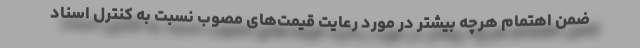
ضمن اهتمام هرچه بیشتر در مورد رعایت قیمت‌های مصوب نسبت به کنترل اسناد